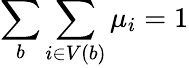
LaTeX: \sum_{b}\sum_{i\in V(b)}\mu_{i}=1